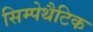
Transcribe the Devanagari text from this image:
सिम्पेथैटिक